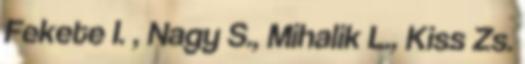
Fekete I. , Nagy S., Mihalik L., Kiss Zs.